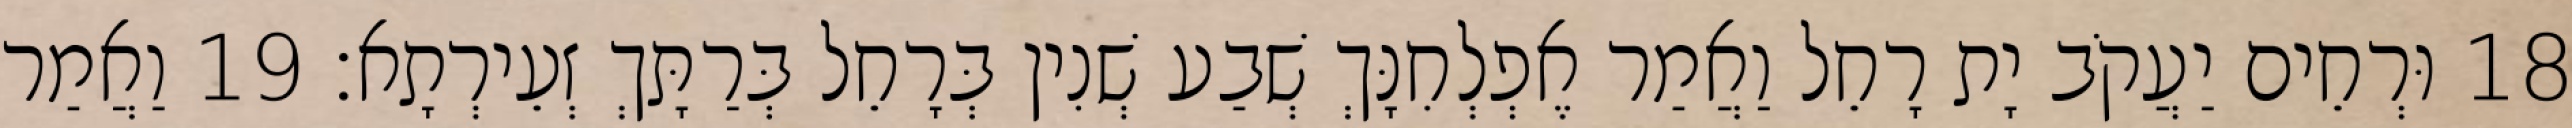
18 וּרְחֵים יַעֲקֹב יָת רָחֵל וַאֲמַר אֶפְלְחִנָּךְ שְׁבַע שְׁנִין בְּרָחֵל בְּרַתָּךְ זְעֵירְתָא׃ 19 וַאֲמַר